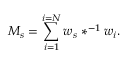
M _ { s } = \sum _ { i = 1 } ^ { i = N } w _ { s } \ast ^ { - 1 } w _ { i } .